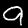
Label: 9